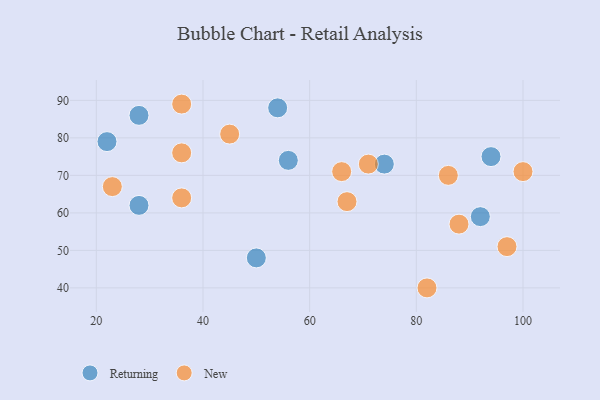
{"axis": {"x": "GDP", "y": "Life Expectancy"}, "legend": ["New", "Returning"], "data": [{"x": "74", "y": 73, "type": "Returning"}, {"x": "28", "y": 86, "type": "Returning"}, {"x": "28", "y": 62, "type": "Returning"}, {"x": "50", "y": 48, "type": "Returning"}, {"x": "56", "y": 74, "type": "Returning"}, {"x": "94", "y": 75, "type": "Returning"}, {"x": "92", "y": 59, "type": "Returning"}, {"x": "22", "y": 79, "type": "Returning"}, {"x": "54", "y": 88, "type": "Returning"}, {"x": "97", "y": 51, "type": "New"}, {"x": "88", "y": 57, "type": "New"}, {"x": "45", "y": 81, "type": "New"}, {"x": "66", "y": 71, "type": "New"}, {"x": "36", "y": 89, "type": "New"}, {"x": "86", "y": 70, "type": "New"}, {"x": "23", "y": 67, "type": "New"}, {"x": "71", "y": 73, "type": "New"}, {"x": "67", "y": 63, "type": "New"}, {"x": "82", "y": 40, "type": "New"}, {"x": "100", "y": 71, "type": "New"}, {"x": "36", "y": 64, "type": "New"}, {"x": "36", "y": 76, "type": "New"}]}